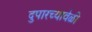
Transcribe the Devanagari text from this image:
दुपारच्यावेळी